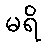
မရိ